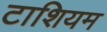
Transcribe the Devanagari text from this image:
टाशियम